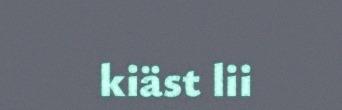
kiäst lii